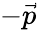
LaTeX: -\vec{p}